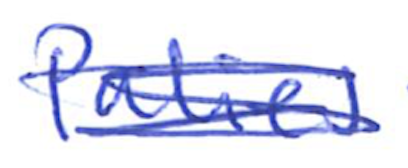
Text: Palies
Cross-out: scratch
Writing tool: ballpoint